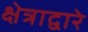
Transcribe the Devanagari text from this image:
क्षेत्राद्वारे